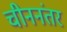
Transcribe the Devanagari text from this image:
चीननंतर